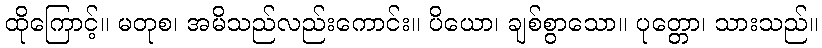
ထိုကြောင့်။ မတုစ၊ အမိသည်လည်းကောင်း။ ပိယော၊ ချစ်စွာသော။ ပုတ္တော၊ သားသည်။